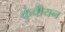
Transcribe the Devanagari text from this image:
कुंचीयन